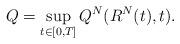
LaTeX: \begin{align*} Q=\sup_{t\in[0,T]}Q^N(R^N(t),t). \end{align*}